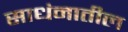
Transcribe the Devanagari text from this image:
साधंनातील